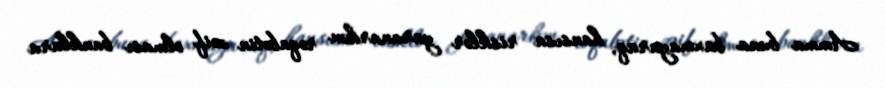
Amma buna baxmayaraq, hansısa risklər yaranarkən rəqabətin zəif olması banklara